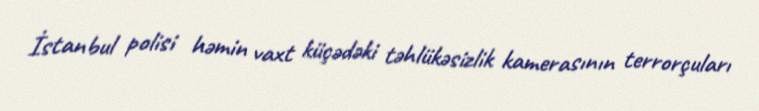
İstanbul polisi həmin vaxt küçədəki təhlükəsizlik kamerasının terrorçuları